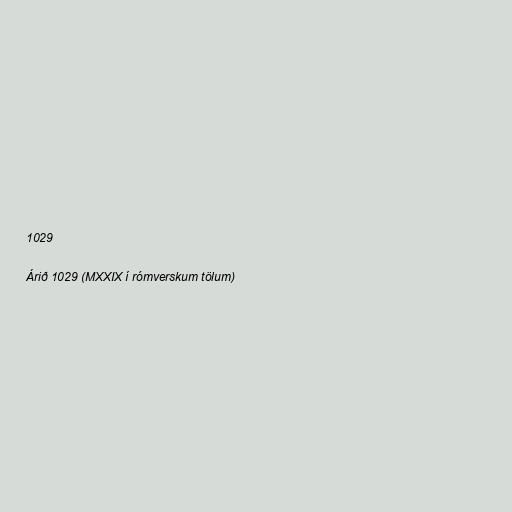
1029

Árið 1029 (MXXIX í rómverskum tölum)